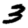
Digit: 3